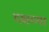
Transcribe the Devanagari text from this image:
दक्षच्या